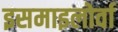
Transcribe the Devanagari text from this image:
इसमाइलोर्वा